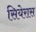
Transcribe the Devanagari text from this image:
सियेरास